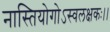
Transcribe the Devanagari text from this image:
नास्तियोगोऽस्वलक्षकः।।